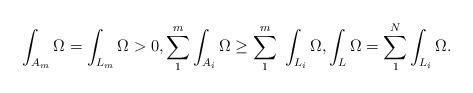
LaTeX: \begin{align*} \int_{A_m} \Omega= \int_{L_m} \Omega>0, \sum_1^m \int_{A_i} \Omega\geq \sum_1^m \ \int_{L_i} \Omega, \int_L\Omega=\sum_1^N\int_{L_i}\Omega.\end{align*}